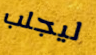
ليجلب